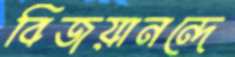
বিজয়ানন্দে